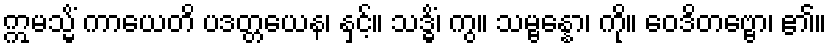
ဣမသ္မိံ ကာယေတိ ပဒတ္တယေန၊ နှင့်။ သဒ္ဓိံ၊ ကွ။ သမ္ဗန္နော၊ ကို။ ဝေဒိတဗ္ဗော၊ ၏။